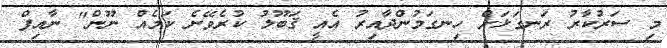
މި ސަރުކާރު ރަނގަޅަށް ހިނގަމުންދާއިރު އެއީ ޤަބޫލު ކުރެވޭނެ ކަމެއް ނޫން" ނާއިފް